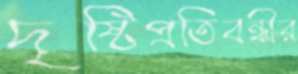
দৃষ্টিপ্রতিবন্ধীর